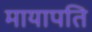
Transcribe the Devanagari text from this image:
मायापति